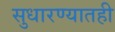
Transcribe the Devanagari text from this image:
सुधारण्यातही